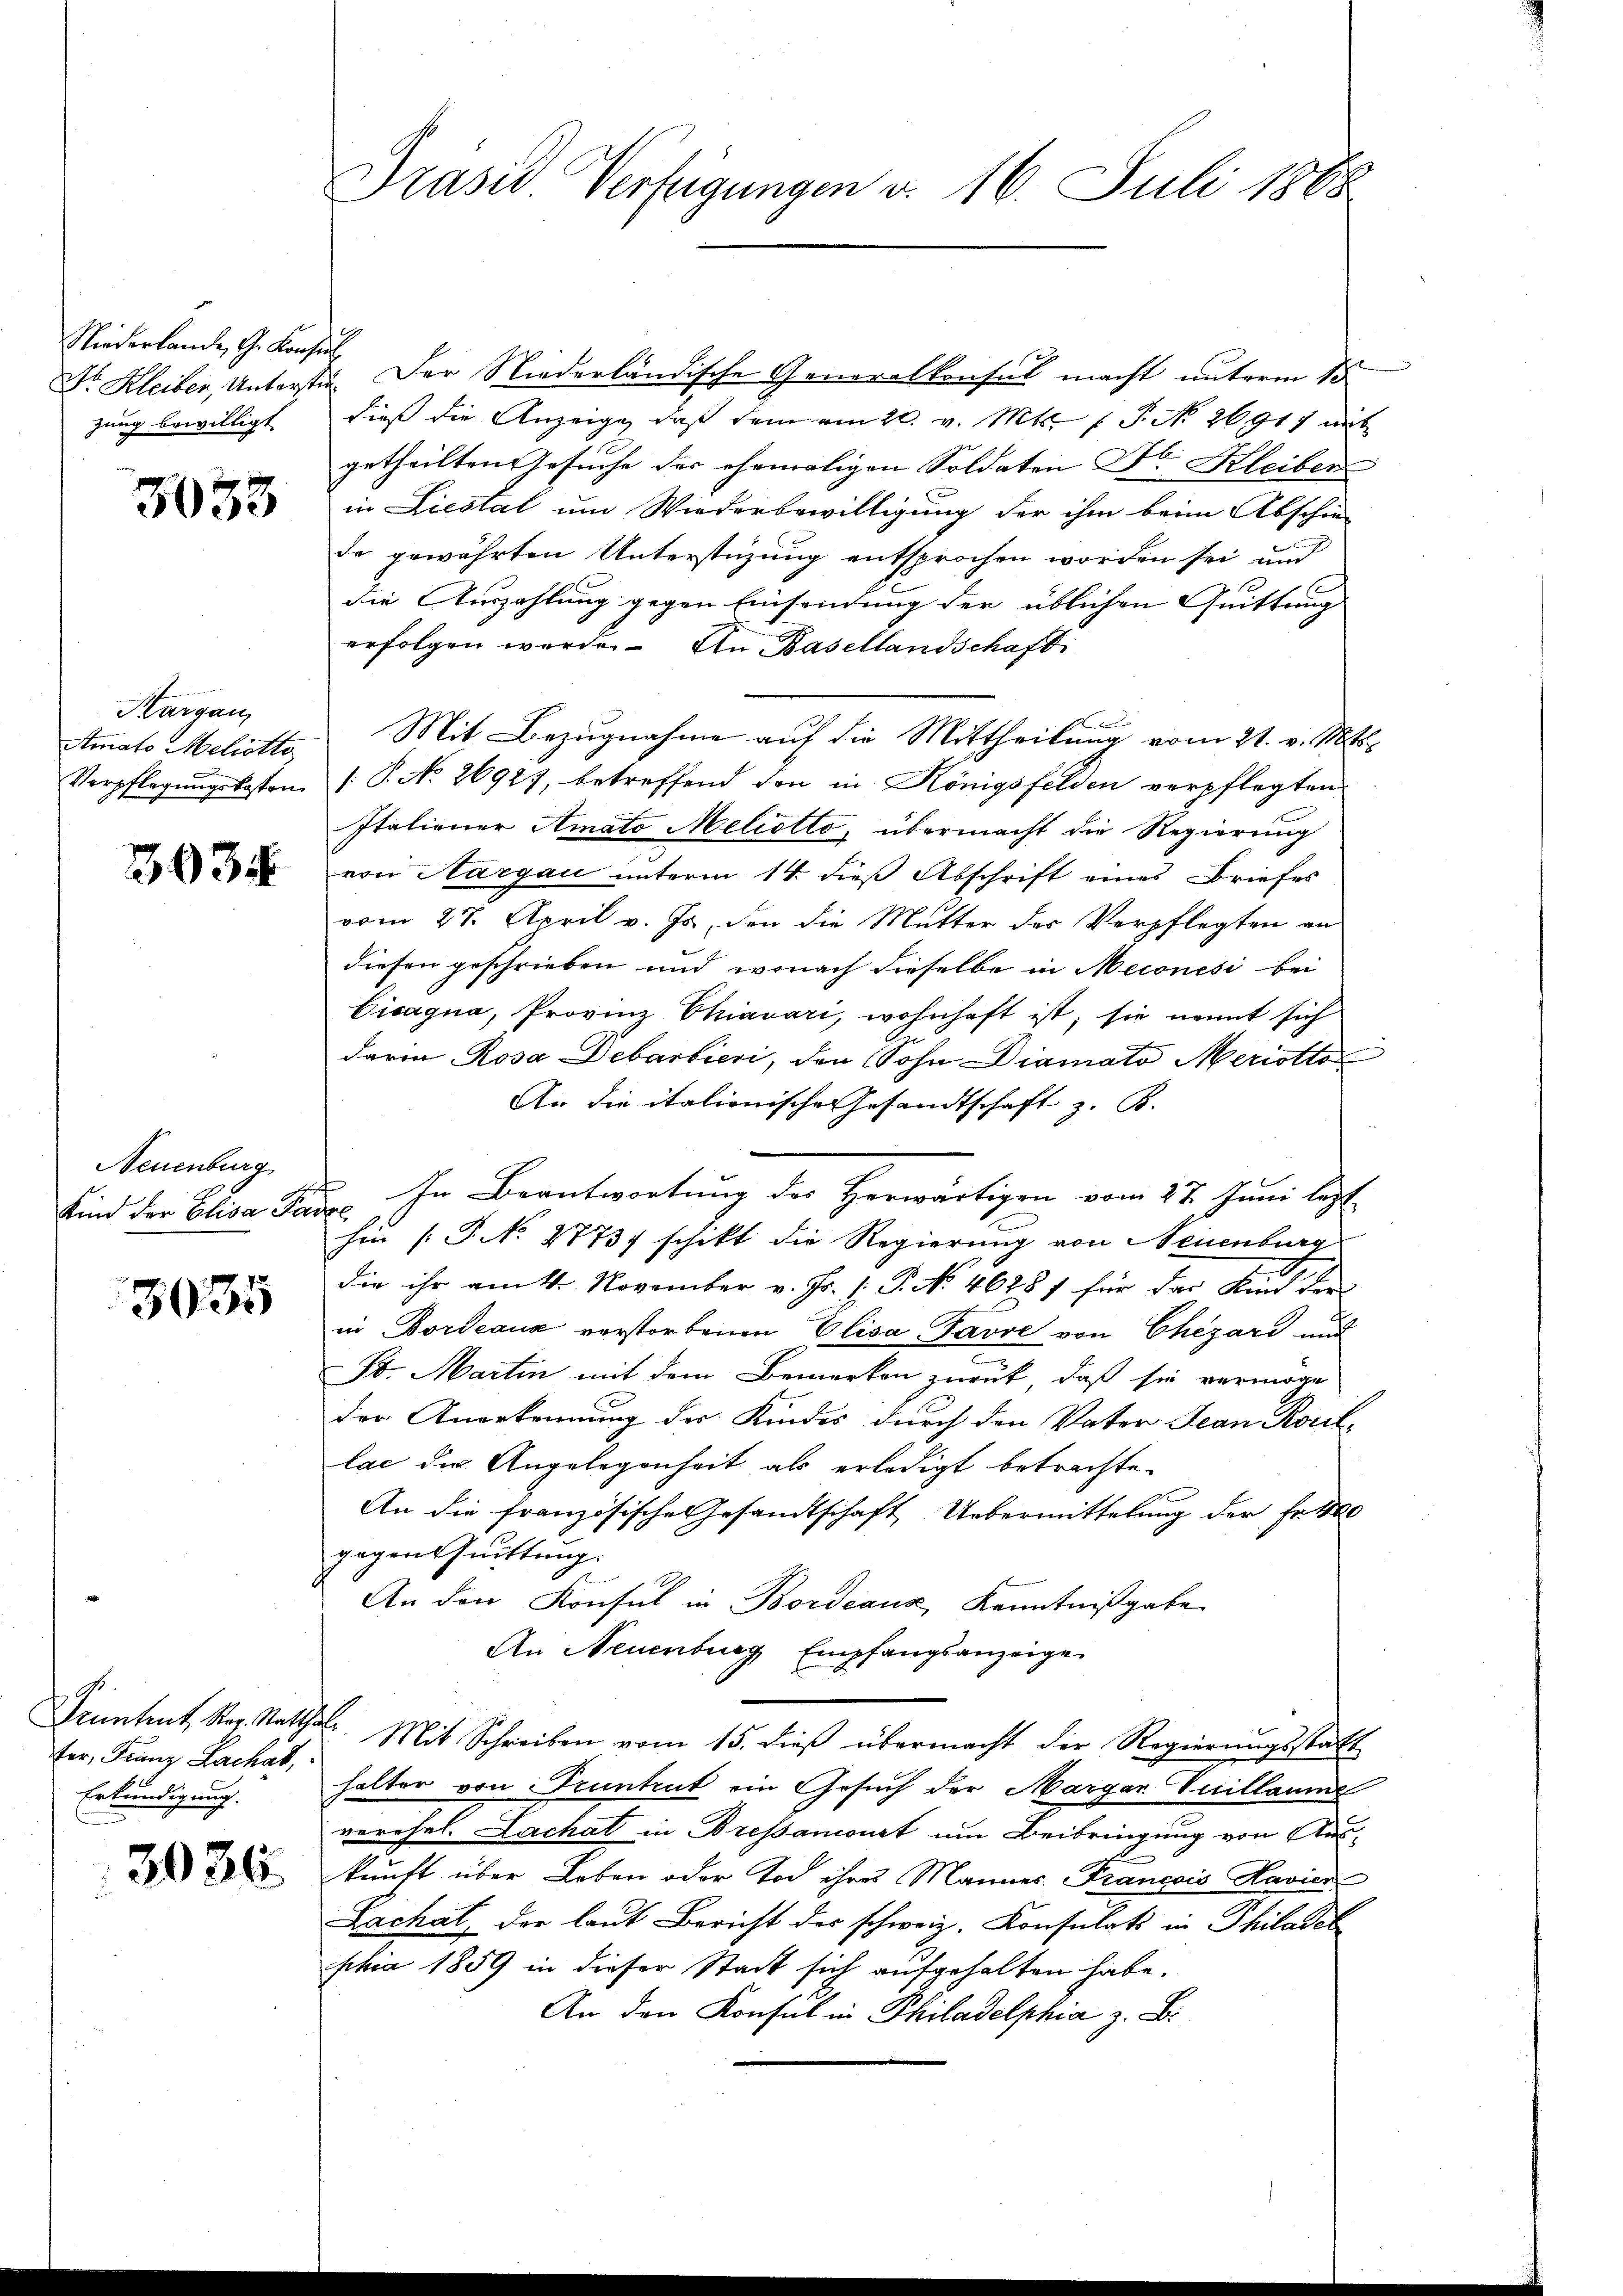
Niederlande, G. Konsul
zung bewilligt.

3033

Kargau,
Amato Meliotto

3034

Neuenburg
h
Kind der Elisa Parze

3035

fer, Franz Lachat,
Erkundigung.

3036.

Präsid. Verfügungen v. 16. Juli 1888.

Dr. Kleiber, Unterste. Der Niederländische Generalkonsul macht unterm 15
dieß die Anzeige, daß dem am 20. v. Mts. 1 P. No 26917 mit
getheilten Gesuche des ehemaligen Soldaten Dr. Kleiben
in Liestal um Wiederbewilligung der ihm beim Abschie-
de gewährten Unterstüzung entsprochen worden sei, und
die Auszahlung gegen Einsendung der üblichen Quittung
erfolgen worden. An Basellandschaft
d
Mit Bezugnahme auf die Mittheilung vom 21. v. Mts.
Verpflegŭngskosten /: P. No. 26927, betreffend den in Königsfelden verpflegten
Italiener Amato Meliolto, übermacht die Regierung
von Aargau unterm 14. dieß Abschrift eines Briefes
vom 27. April v. Js., den die Mutter des Verpflegten an
diesen geschrieben und wonach dieselbe in Meconési bei
Cicagna, Provinz Chiavari, wohnhaft ist; sie nannt sich
darin Rosa Debarbieri, den Sohn Diamato Meriotto
An die italienische Gesandtschaft z. B.
In Beantwortung der Herwärtigen vom 27. Juni legt
hin [P No 1773) schikt die Regierung von Neuenburg
die ihr am 14. November v. Fr. 1 P. No. 4625 f für der Kind der
in Bordeaux verstorbenen Elisa Favre von Chezárd
St. Martin mit dem Bemerken zurück, daß sie vermöge
der Angekennung der Kindes durch den Vater Jean Rorellac die Angelegenheit als erledigt betrachte.
An die französische Gesandtschaft Uebermittelung der Fr. 100
gegen Guittung.
An den Konsul in Bordeaux, Kenntnißgabe
An Neuenburg Empfangsanzeige
Pruntrut Reg. Statth. Mit Schreiben vom 15. dieβ übermacht der Regierŭngsstatt
halter von Truntrut ein Gesuch der Margar Vuillaume
verehel. Lachat in Bressanconst um Beibringung von Auskunft über Leben oder Tod ihres Mannes Francois Havier
Lachat, der laut Bericht des schweiz. Konsulats in Philadel
phia 1859 in dieser Stadt sich aufgehalten habe.
An den Konsul in Philadelphia z. B.